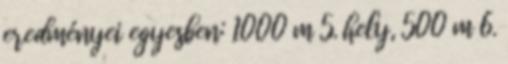
eredményei egyesben: 1000 m 5. hely, 500 m 6.